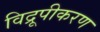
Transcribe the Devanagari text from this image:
विद्रूपीकरण